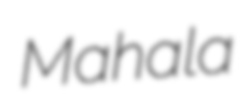
Mahala